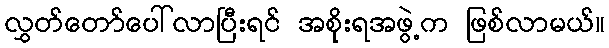
လွှတ်တော်ပေါ်လာပြီးရင် အစိုးရအဖွဲ့က ဖြစ်လာမယ်။